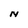
Character: N